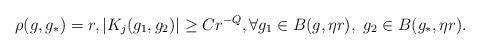
LaTeX: \begin{align*}\rho(g, g_*) = r, |K_j(g_1, g_2)| \geq C r^{- Q}, \forall g_1 \in B(g, \eta r), \ g_2 \in B(g_*, \eta r).\end{align*}